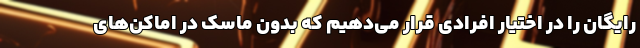
رایگان را در اختیار افرادی قرار می‌دهیم که بدون ماسک در اماکن‌های